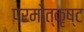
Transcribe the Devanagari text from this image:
परमोत्कृष्ट